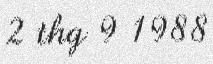
2 thg 9 1988